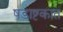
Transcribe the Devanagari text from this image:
षडाष्टकात